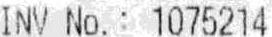
INV NO. : 1075214